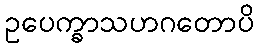
ဥပေက္ခာသဟဂတောပိ